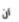
أن